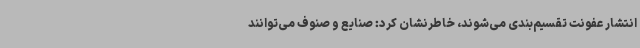
انتشار عفونت تقسیم‌بندی می‌شوند، خاطرنشان کرد: صنایع و صنوف می‌توانند